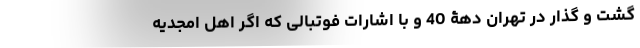
گشت ‌و گذار در تهران دهۀ 40 و با اشارات فوتبالی که اگر اهل امجدیه